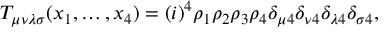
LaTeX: T _ { \mu \nu \lambda \sigma } ( x _ { 1 } , \ldots , x _ { 4 } ) = ( i ) ^ { 4 } \rho _ { 1 } \rho _ { 2 } \rho _ { 3 } \rho _ { 4 } \delta _ { \mu 4 } \delta _ { \nu 4 } \delta _ { \lambda 4 } \delta _ { \sigma 4 } ,